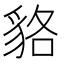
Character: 貉